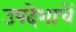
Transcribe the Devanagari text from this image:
उपदेशाचें